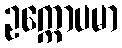
ဥက္ကောပမာ